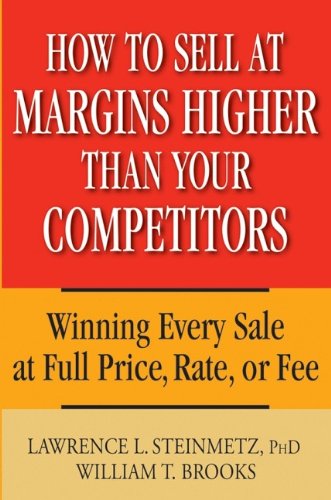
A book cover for How to Sell at Margins Higher Than Your Competitors : Winning Every Sale at Full Price, Rate, or Fee; Lawrence L. Steinmetz; Business & Money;